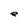
Character: e